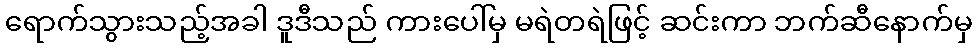
ရောက်သွားသည့်အခါ ဒူဒီသည် ကားပေါ်မှ မရဲတရဲဖြင့် ဆင်းကာ ဘက်ဆီနောက်မှ